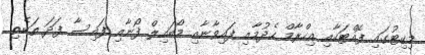
މިކިޓުގައި ފޮއްޓަކާއި އިހްރާމް ހެދުމާއި ފައިވާނާއި މޯބައިލް ފޯނާއި ފައިސާ ފަދަ ތަކެތި